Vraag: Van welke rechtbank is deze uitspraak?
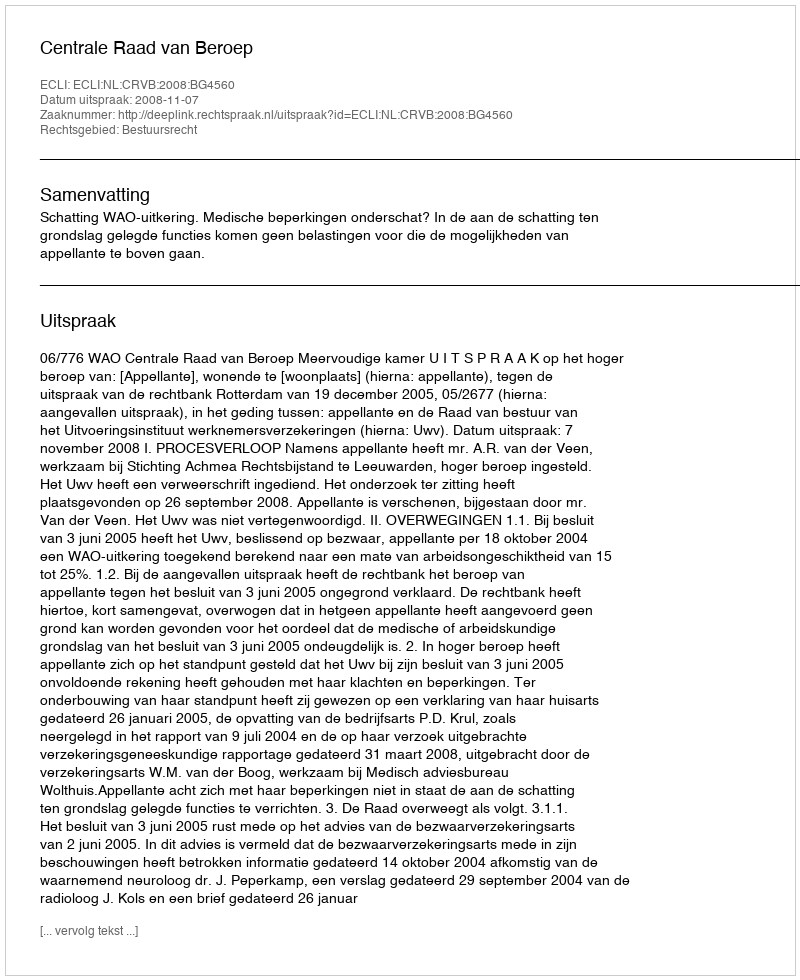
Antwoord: Centrale Raad van Beroep